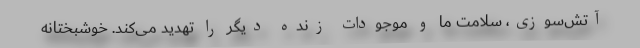
آتش‌سوزی، سلامت ما و موجودات زنده دیگر را تهدید می‌کند. خوشبختانه